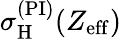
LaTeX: \sigma_{\mathrm{H}}^{(\mathrm{PI})}(Z_{\mathrm{eff}})